Civil Veterinary Department Bihar & Orissa reports 1922-29 - 1922-1929
Year: 1922
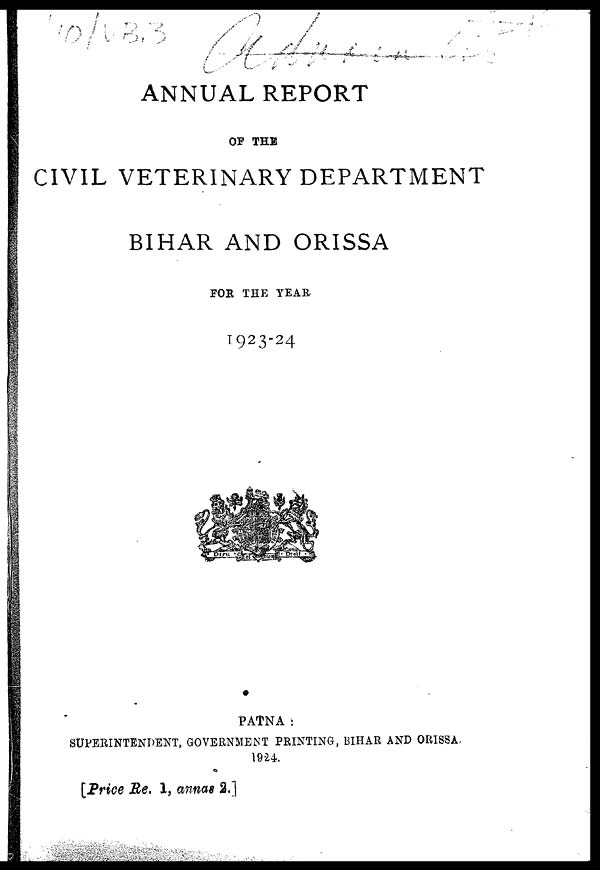
ANNUAL REPORT
OF THE
CIVIL VETERINARY DEPARTMENT
BIHAR AND ORISSA
FOR THE YEAR
1923-24
PATNA:
SUPERINTENDENT, GOVERNMENT PRINTING, BIHAR AND ORISSA.
1924.
[Price Re, 1, annas 2.]